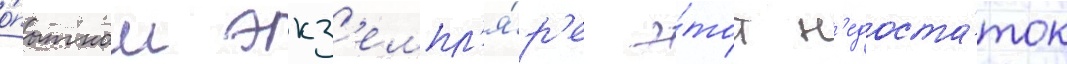
о́пытном экз'емпл'я́р'е э́тот н'едоста́ток